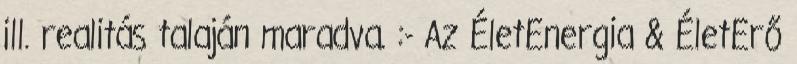
ill. realitás talaján maradva. :- Az ÉletEnergia & ÉletErő